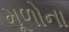
મૂળોના